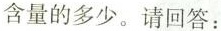
含量的多少。请回答：